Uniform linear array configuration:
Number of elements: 24
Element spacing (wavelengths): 0.25
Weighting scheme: cosine
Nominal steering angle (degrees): -15
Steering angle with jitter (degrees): -16.364
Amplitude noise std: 0.05
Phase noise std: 0.05

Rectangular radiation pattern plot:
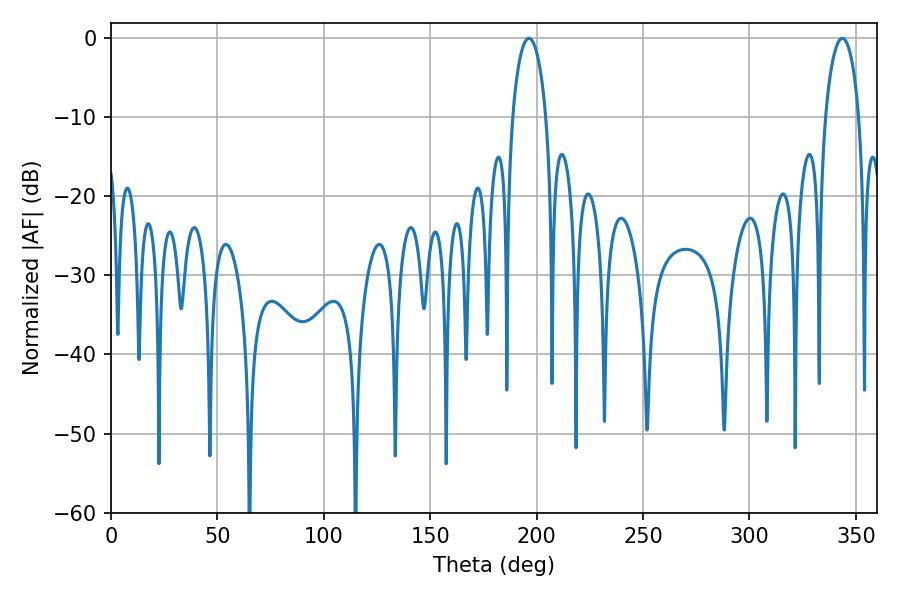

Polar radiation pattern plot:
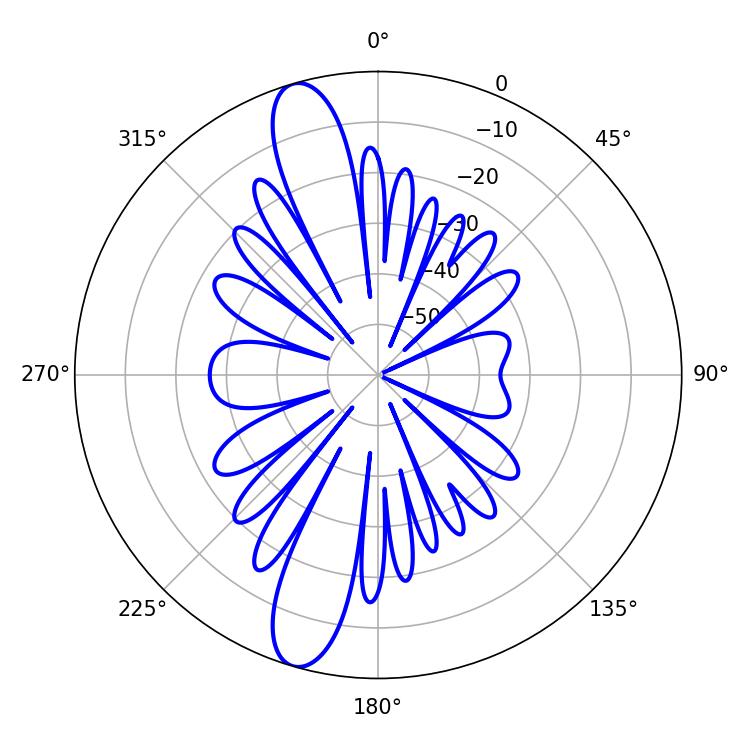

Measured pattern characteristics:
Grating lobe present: FALSE
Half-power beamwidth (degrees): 9
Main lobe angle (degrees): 196.38